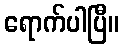
ရောက်ပါပြီ။